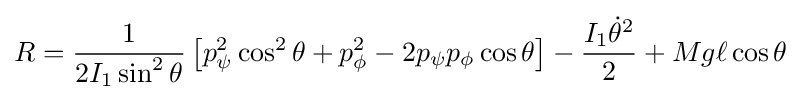
R={\frac {1}{2I_{1}\sin ^{2}\theta }}\left[p_{\psi }^{2}\cos ^{2}\theta +p_{\phi }^{2}-2p_{\psi }p_{\phi }\cos \theta \right]-{\frac {I_{1}{\dot {\theta }}^{2}}{2}}+Mg\ell \cos \theta